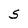
Character: S